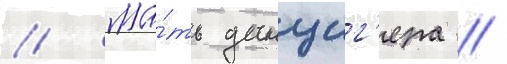
// Ма́ть данциг'ера /